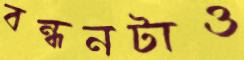
বন্ধনটাও